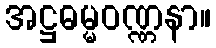
အဋ္ဌဓမ္မဝဏ္ဏနာ။